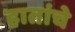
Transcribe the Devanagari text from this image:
हातांचे